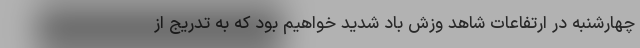
چهارشنبه در ارتفاعات شاهد وزش باد شدید خواهیم بود که به تدریج از